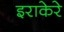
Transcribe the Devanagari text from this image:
इराकेरे